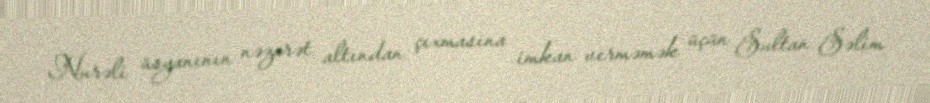
Nurəli üsyanının nəzarət altından çıxmasına imkan verməmək üçün Sultan Səlim